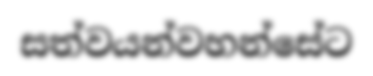
සත්වයන්වහන්සේට